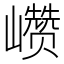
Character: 𰏁